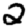
Digit: 2